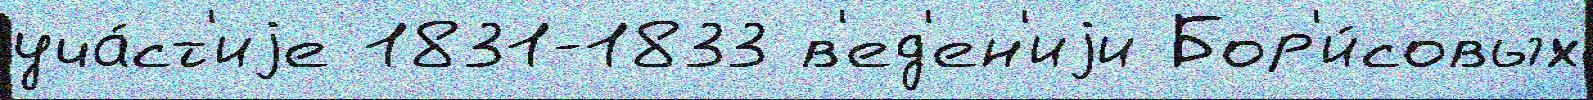
уча́ст'иjе 1831-1833 в'ед'ен'иjи Бор'и́совых